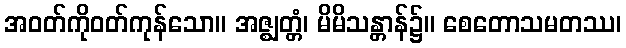
အဝတ်ကိုဝတ်ကုန်သော။ အဇ္ဈတ္တံ၊ မိမိသန္တာန်၌။ စေတောသမတဿ၊